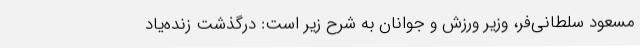
مسعود سلطانی‌فر، وزیر ورزش و جوانان به شرح زیر است: درگذشت زنده‌یاد